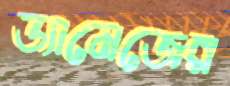
ড্যামেজের